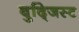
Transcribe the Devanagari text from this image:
बुद्जिस्ट